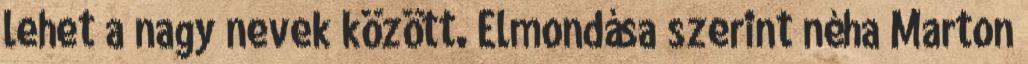
lehet a nagy nevek között. Elmondása szerint néha Marton